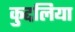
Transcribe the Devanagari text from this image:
कुद्दलिया